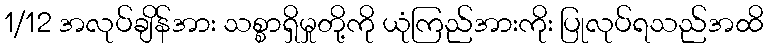
1/12 အလုပ်ချိန်အား သစ္စာရှိမှုတို့ကို ယုံကြည်အားကိုး ပြုလုပ်ရသည်အထိ